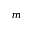
m